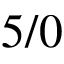
5 / 0